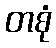
တစုံ